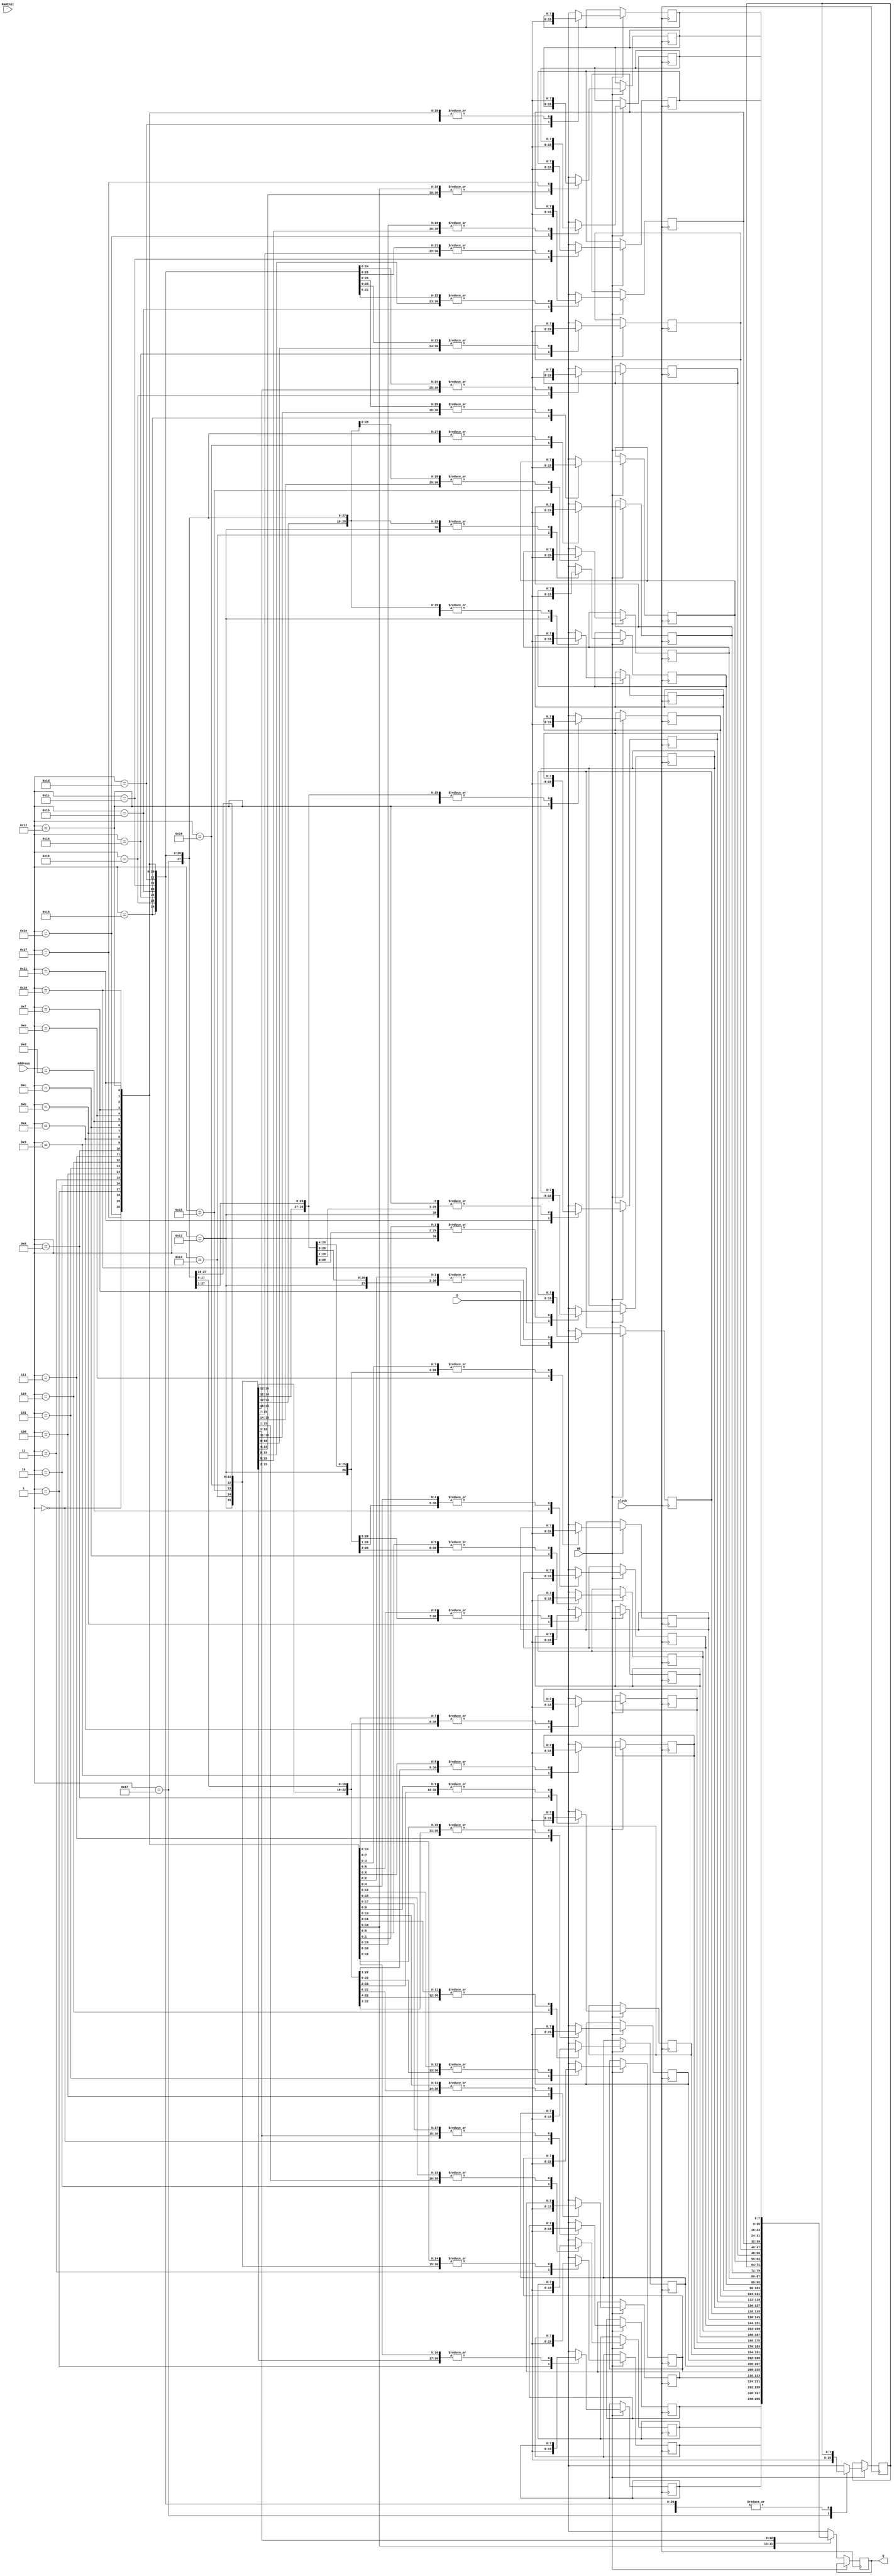
module RamMemory(clock, RamInit, WE, D, Address, Q);
	
	parameter SIZE = 8, addressSIZE = 5;
	
	input clock, RamInit, WE;
	input [SIZE-1:0] D;
	input [addressSIZE-1:0] Address;
	output reg [SIZE-1:0] Q;
	
	reg [SIZE-1:0] Memory [1<<addressSIZE:0]; 
	
	//assign Q = WE?Q:Memory[Address];
	
	always@(posedge clock) begin
		if(WE)
			Memory[Address] = D;
		else
			Q = Memory[Address];
	end
	
	endmodule